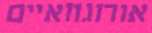
אורוגוואיים